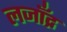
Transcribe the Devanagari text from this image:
लजाँद्र